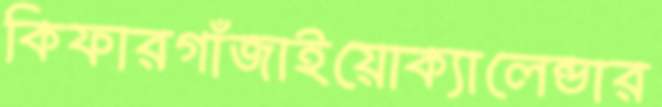
কিফারগাঁজাইয়োক্যালেন্ডার